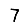
Digit: 7